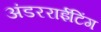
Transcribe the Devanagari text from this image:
अंडरराईटिंग